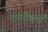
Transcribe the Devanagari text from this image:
रानडेंपासून